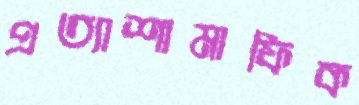
প্রত্যাশামাফিক